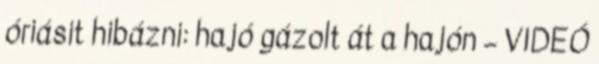
óriásit hibázni: hajó gázolt át a hajón – VIDEÓ